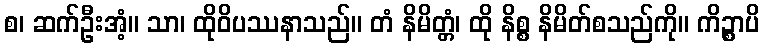
စ၊ ဆက်ဦးအံ့။ သာ၊ ထိုဝိပဿနာသည်။ တံ နိမိတ္တံ၊ ထို နိစ္စ နိမိတ်စသည်ကို။ ကိဉ္စာပိ